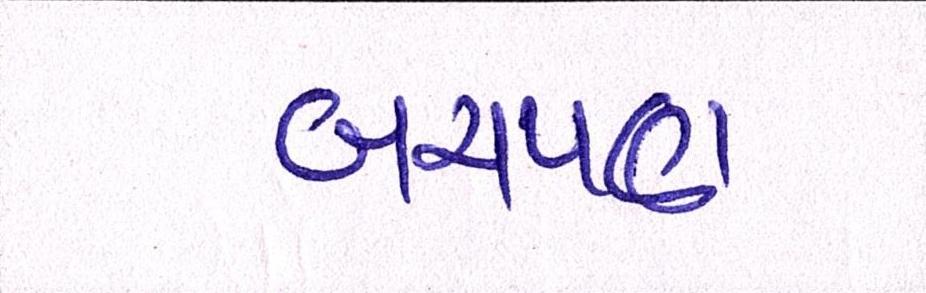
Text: બચપણ